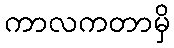
ကာလကတာမှိ